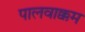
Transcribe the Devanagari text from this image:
पालवाक्कम